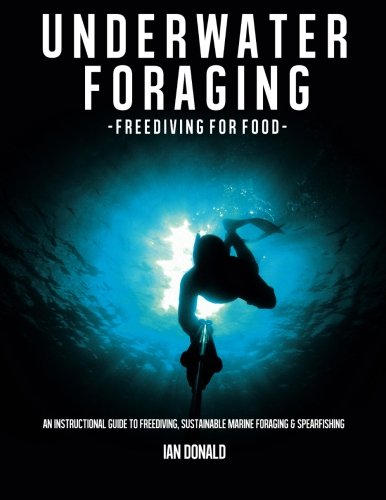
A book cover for Underwater foraging - Freediving for food: An instructional guide to freediving, sustainable marine foraging and spearfishing; Ian Donald; Sports & Outdoors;